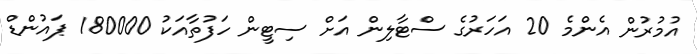
އުމުރުން އެންމެ 20 އަހަރުގެ ސްޓާލިން އަށް ސިޓީން ހަފުތާއަކު 180000 ޕައުންޑް